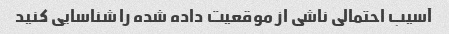
آسیب احتمالی ناشی از موقعیت داده شده را شناسایی کنید